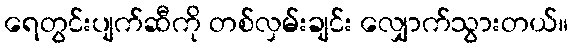
ရေတွင်းပျက်ဆီကို တစ်လှမ်းချင်း လျှောက်သွားတယ်။